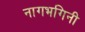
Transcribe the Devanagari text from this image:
नागभगिनी